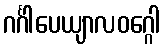
ဂင်္ဂါပေယျာလဝဂ္ဂေါ